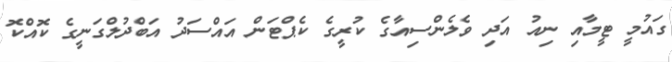
ގައުމީ ޓީމާއި ނިއު އަދި ވެލެންސިއާގެ ކުރީގެ ކެޕްޓަން އައްސަދު އަބްދުލްގަނީގެ ކޮއްކޮ